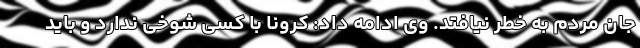
جان مردم به خطر نیافتد. وی ادامه داد: کرونا با کسی شوخی ندارد و باید